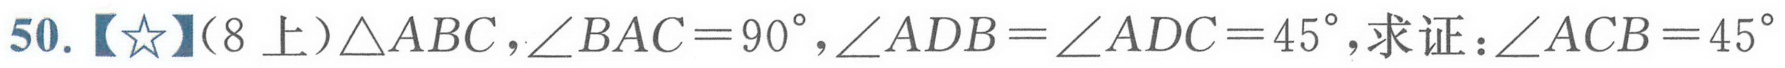
50.【★】（8上）\(\triangle ABC\)，\(\angle BAC = 90^{\circ}\)，\(\angle ADB=\angle ADC = 45^{\circ}\)，求证：\(\angle ACB = 45^{\circ}\)